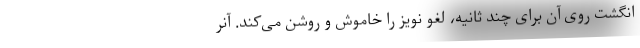
انگشت روی آن برای چند ثانیه، لغو نویز را خاموش و روشن می‌کند. آنر